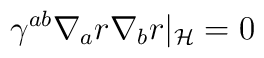
\gamma^{ab}\nabla_ar\nabla_br|_{\cal H}=0